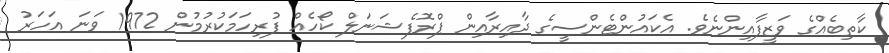
ކާތިބެއްގެ ވަޒީފާއިންނެވެ. އެކައުންޓެންސީގެ ދާއިރާއިން ޕްރޮފެޝަނަލް ކޯހެއް ފުރިހަމަކުރުމުން 1972 ވަނަ އަހަރު